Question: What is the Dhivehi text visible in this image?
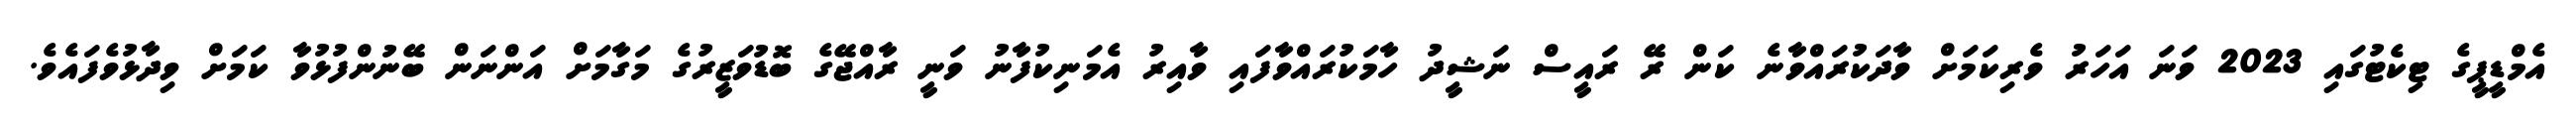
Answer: އެމްޑީޕީގެ ޓިކެޓުގައި 2023 ވަނަ އަހަރު ވެރިކަމަށް ވާދަކުރައްވާނެ ކަން ރޭ ރައީސް ނަޝީދު ހާމަކުރައްވާފައި ވާއިރު އެމަނިކުފާނު ވަނީ ރާއްޖޭގެ ބޮޑުވަޒީރުގެ މަގާމަށް އަންނަން ބޭނުންފުޅުވާ ކަމަށް ވިދާޅުވެފައެވެ.